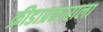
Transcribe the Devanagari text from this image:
क्रीडाप्रकाराला